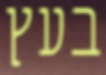
בעץ